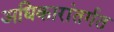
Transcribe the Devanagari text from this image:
अधिकारांतर्गत